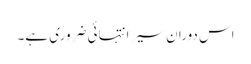
اس دوران سیر انتہائی ضروری ہے۔